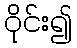
ဝိုင်း၍